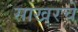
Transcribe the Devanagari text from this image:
साखरचे